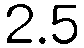
2.5